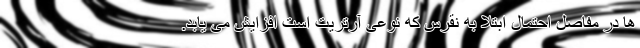
ها در مفاصل احتمال ابتلا به نقرس که نوعی آرتریت است افزایش می یابد.